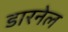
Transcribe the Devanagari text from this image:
डारनेल